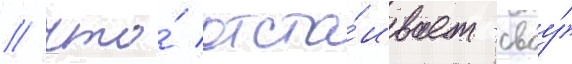
/ что́ отста́ивает своу́